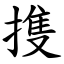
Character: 㨦